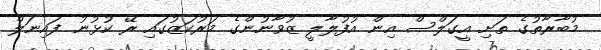
މުބާރާތުގެ ތަށި އީގަލްސް އިން އުފުލާލީ ޒުވާނުންގެ މަރުކަޒުގައި ރޭ ކުޅުނު ފައިނަލް